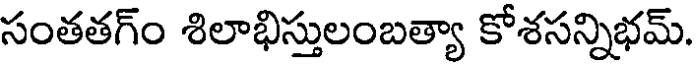
సంతతగ్ం శిలాభిస్తులంబత్యా కోశసన్నిభమ్.